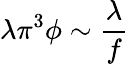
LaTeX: \lambda\pi^{3}\phi\sim\frac\lambda f